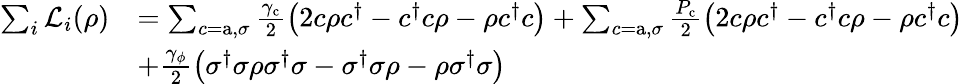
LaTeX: \begin{array}{rl}{\sum_{i}\mathcal{L}_{i}(\rho)}&{=\sum_{c=\mathrm{a},\sigma}\frac{\gamma_{\mathrm{c}}}{2}\left(2c\rho c^{\dagger}-c^{\dagger}c\rho-\rho c^{\dagger}c\right)+\sum_{c=\mathrm{a},\sigma}\frac{P_{\mathrm{c}}}{2}\left(2c\rho c^{\dagger}-c^{\dagger}c\rho-\rho c^{\dagger}c\right)}\\ &{+\frac{\gamma_{\phi}}{2}\left(\sigma^{\dagger}\sigma\rho\sigma^{\dagger}\sigma-\sigma^{\dagger}\sigma\rho-\rho\sigma^{\dagger}\sigma\right)}\end{array}